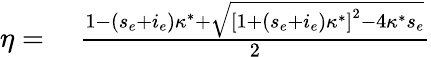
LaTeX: \begin{array}{rl}{\eta=}&{{}\ \frac{1-(s_{e}+i_{e})\kappa^{*}+\sqrt{\left[1+(s_{e}+i_{e})\kappa^{*}\right]^{2}-4\kappa^{*}s_{e}}}{2}}\end{array}